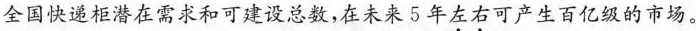
全国快递柜潜在需求和可建设总数，在未来5年左右可产生百亿级的市场。